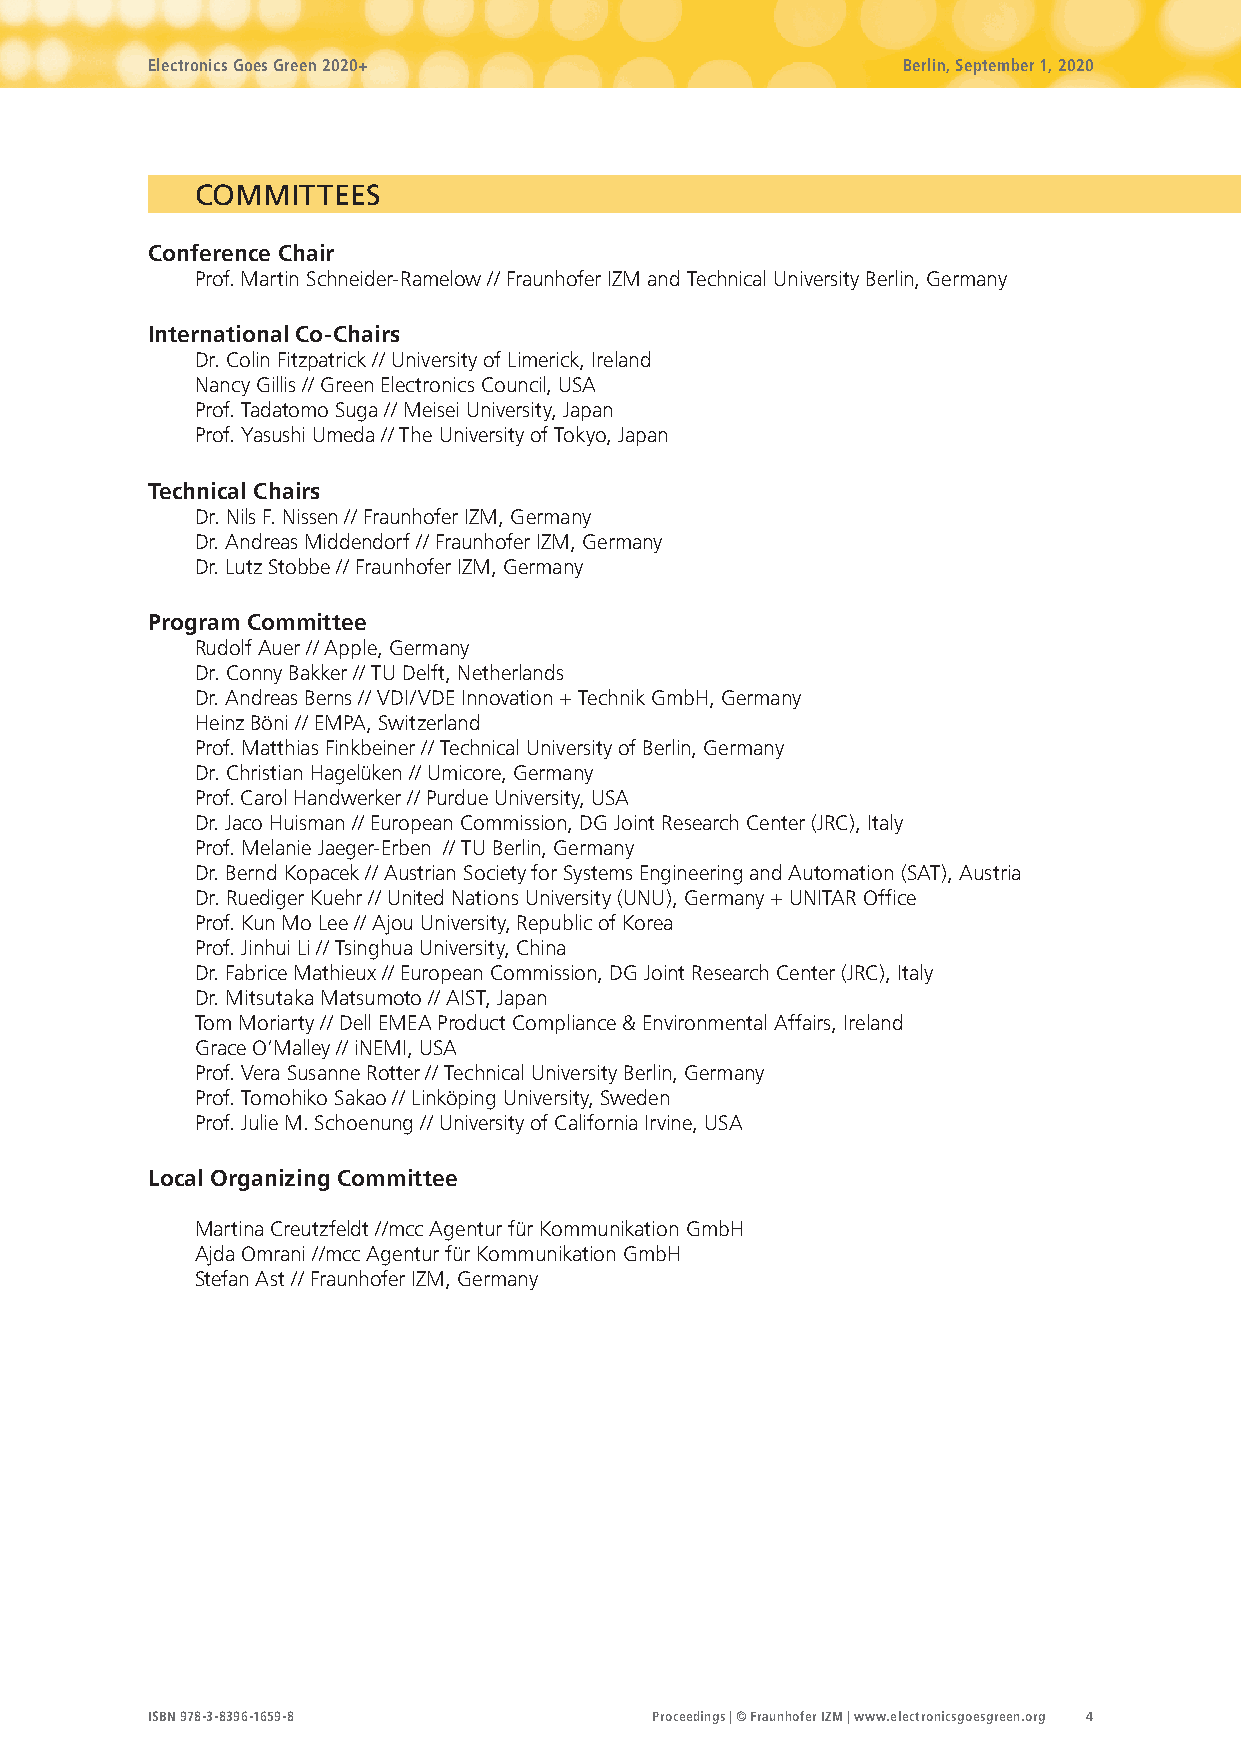
Electronics Goes Green 2020+                      Berlin, September 1, 2020
 COMMITTEES
 Conference Chair
 Prof. Martin Schneider-Ramelow // Fraunhofer IZM and Technical University Berlin, Germany
 International Co-Chairs
 Dr. Colin Fitzpatrick // University of Limerick, Ireland
 Nancy Gillis // Green Electronics Council, USA
 Prof. Tadatomo Suga // Meisei University, Japan
 Prof. Yasushi Umeda // The University of Tokyo, Japan
 Technical Chairs
 Dr. Nils F. Nissen // Fraunhofer IZM, Germany
 Dr. Andreas Middendorf // Fraunhofer IZM, Germany
 Dr. Lutz Stobbe // Fraunhofer IZM, Germany
 Program Committee
 Rudolf Auer // Apple, Germany
 Dr. Conny Bakker // TU Delft, Netherlands
 Dr. Andreas Berns // VDI/VDE Innovation + Technik GmbH, Germany
 Heinz Böni // EMPA, Switzerland
 Prof. Matthias Finkbeiner // Technical University of Berlin, Germany
 Dr. Christian Hagelüken // Umicore, Germany
 Prof. Carol Handwerker // Purdue University, USA
 Dr. Jaco Huisman // European Commission, DG Joint Research Center (JRC), Italy
 Prof. Melanie Jaeger-Erben // TU Berlin, Germany
 Dr. Bernd Kopacek // Austrian Society for Systems Engineering and Automation (SAT), Austria
 Dr. Ruediger Kuehr // United Nations University (UNU), Germany + UNITAR Office
 Prof. Kun Mo Lee // Ajou University, Republic of Korea
 Prof. Jinhui Li // Tsinghua University, China
 Dr. Fabrice Mathieux // European Commission, DG Joint Research Center (JRC), Italy
 Dr. Mitsutaka Matsumoto // AIST, Japan
 Tom Moriarty // Dell EMEA Product Compliance & Environmental Affairs, Ireland
 Grace O‘Malley // iNEMI, USA
 Prof. Vera Susanne Rotter // Technical University Berlin, Germany
 Prof. Tomohiko Sakao // Linköping University, Sweden
 Prof. Julie M. Schoenung // University of California Irvine, USA
 Local Organizing Committee
 Martina Creutzfeldt //mcc Agentur für Kommunikation GmbH
 Ajda Omrani //mcc Agentur für Kommunikation GmbH
 Stefan Ast // Fraunhofer IZM, Germany
 ISBN 978-3-8396-1659-8           Proceedings | © Fraunhofer IZM | www.electronicsgoesgreen.org 4